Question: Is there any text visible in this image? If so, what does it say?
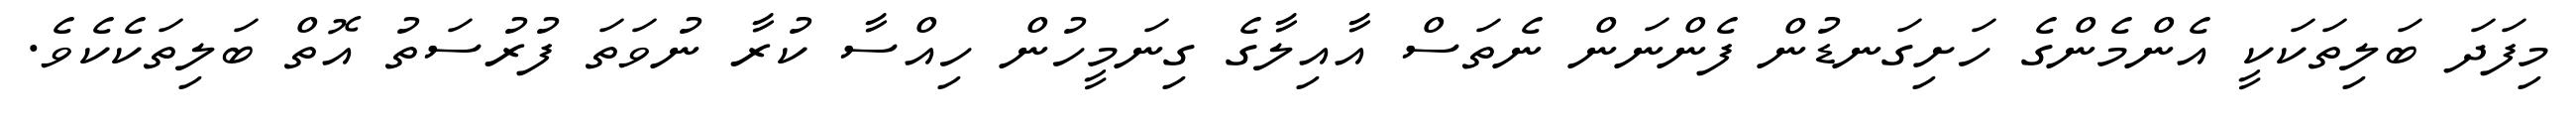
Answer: މިފަދަ ބަލިތަކަކީ އެންމެންގެ ހަށިގަނޑުން ފެންނަން ނެތަސް އާއިލާގެ ގިނަމީހުން ހިއްސާ ކުރާ ނުވަތަ ފުރުސަތު އޮތް ބަލިތަކެކެވެ.